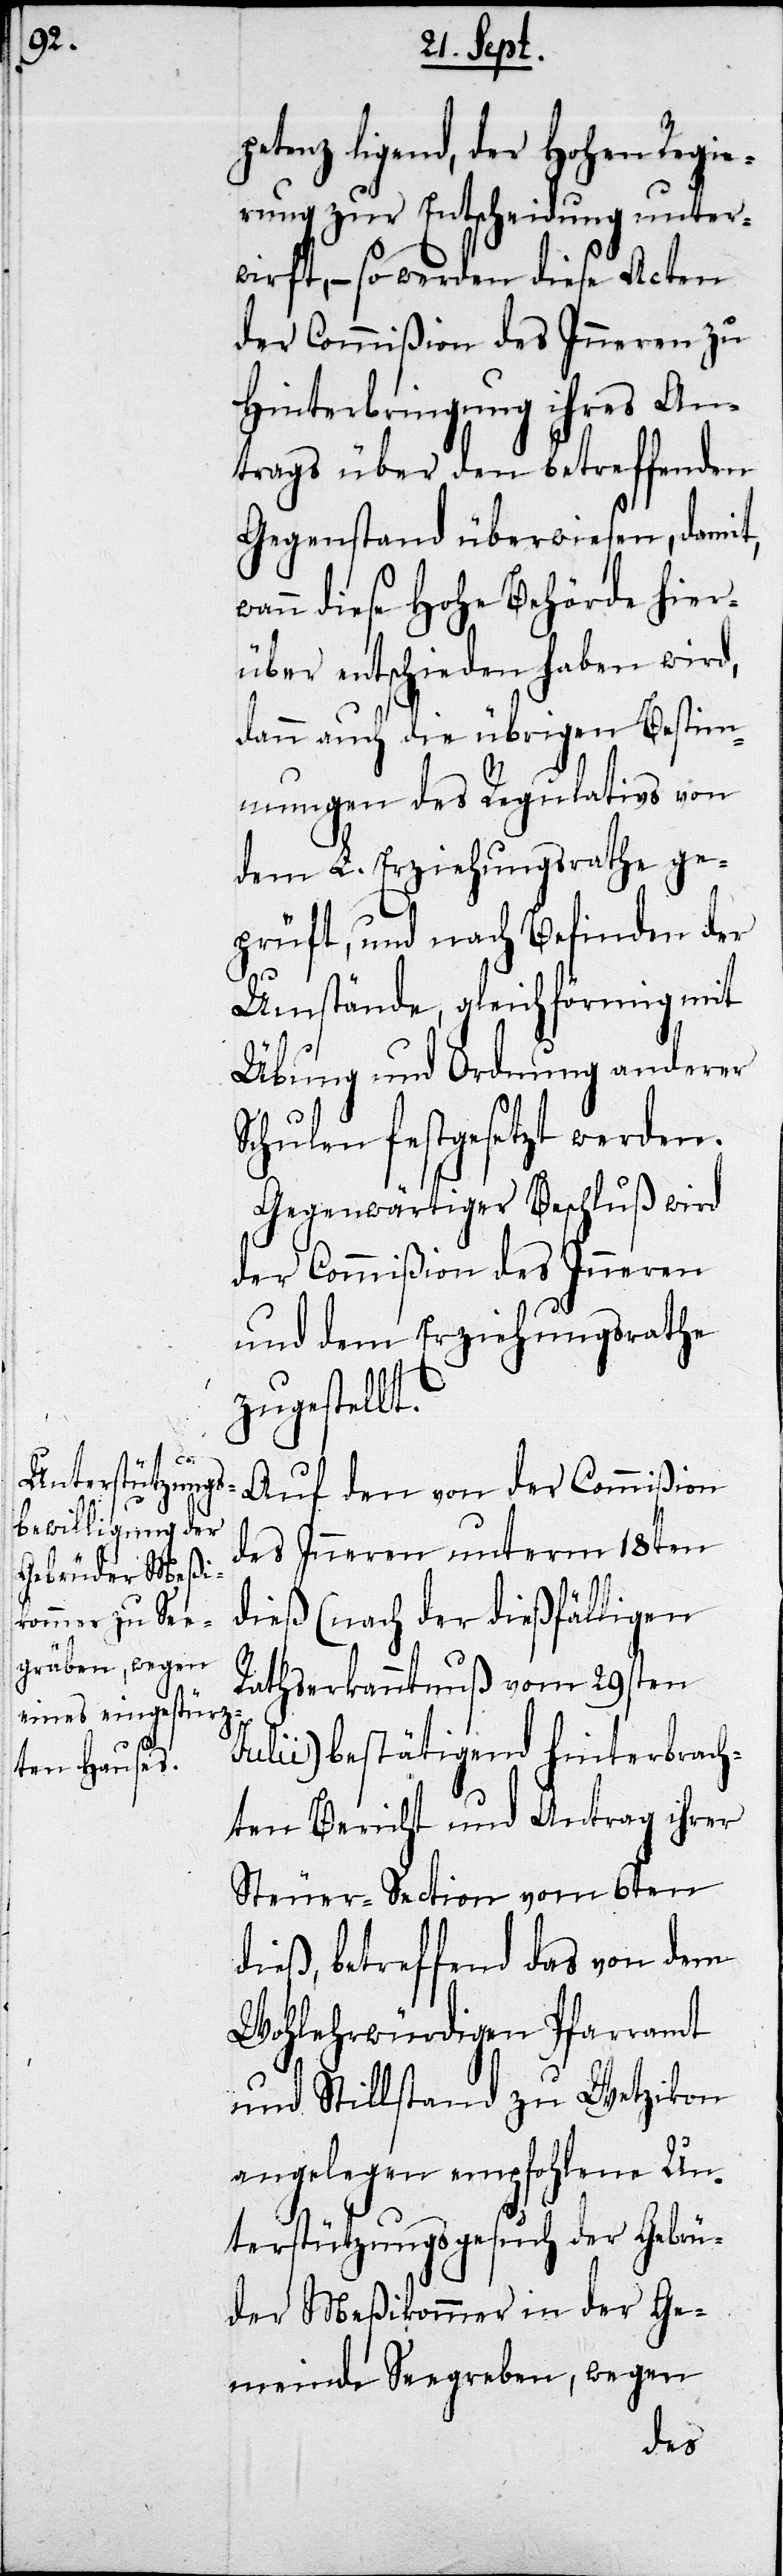
petenz ligend, der Hohen Regie¬
rung zur Entscheidung unter¬
wirft, – so werden dieses Acten
der Commißion des Inneren zu
Hinterbringung ihres An¬
trags über den betreffenden
Gegenstand überwiesen, damit,
wann diese Hohe Behörde hier¬
über entschieden haben wird,
dann auch die übrigen Bestim¬
mungen des Regulativs von
dem L. Erziehungsrath ge¬
prüft, und nach Befinden der
Umstände, gleichförmig mit
Übung und Ordnung anderer
Schulen festgesetzt werden.
Gegenwärtiger Beschluß wird
der Commißion des Inneren
und dem Erziehungrath
zugestellt.
Auf den von der Commißion
des Inneren unterm 18ten
dieß (nach der dießfälligen
Rathserkanntnuß vom 29sten
Julii) bestätigend hinterbrach¬
ten Bericht und Antrag ihrer
Steuer-Section vom 6ten
dieß, betreffend das von dem
Wohlehrwürdigen Pfarramt
und Stillstand zu Wetzikon
angelegen empfohlene Un¬
terstützungsgesuch der Gebrü¬
der Meßikommer in der Ge¬
meinde Seegräben, wegen